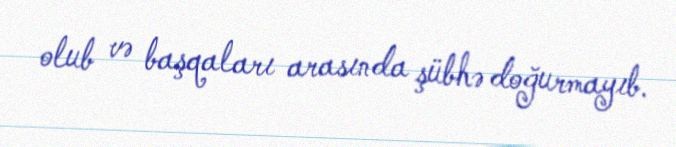
olub və başqaları arasında şübhə doğurmayıb.